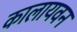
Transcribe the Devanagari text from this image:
कालायवन